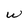
Character: W